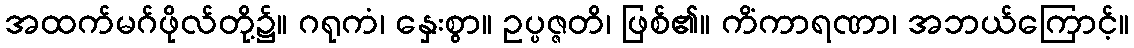
အထက်မဂ်ဖိုလ်တို့၌။ ဂရုကံ၊ နှေးစွာ။ ဥပ္ပဇ္ဇတိ၊ ဖြစ်၏။ ကိံကာရဏာ၊ အဘယ်ကြောင့်။